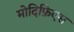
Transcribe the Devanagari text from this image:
मोदिफ़िएस